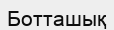
Ботташық